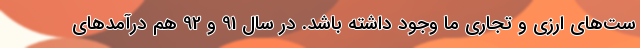
ست‌های ارزی و تجاری ما وجود داشته باشد. در سال 91 و 92 هم درآمدهای